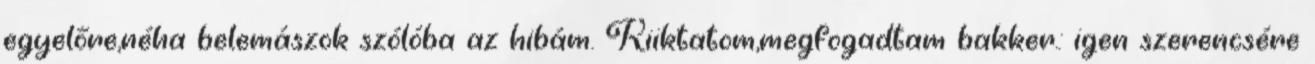
egyelőre,néha belemászok szólóba az hibám. Kiiktatom,megfogadtam bakker.: igen szerencsére